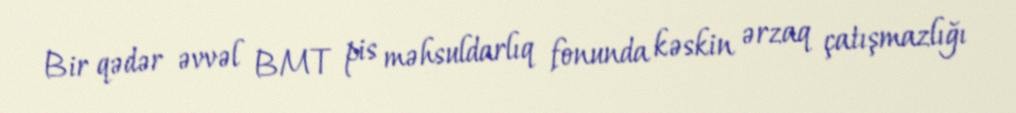
Bir qədər əvvəl BMT pis məhsuldarlıq fonunda kəskin ərzaq çatışmazlığı